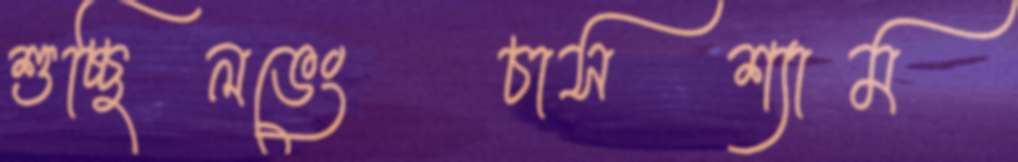
শুচ্ছিলভেংচাসশ্যাম